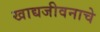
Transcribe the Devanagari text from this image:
खाद्यजीवनाचे